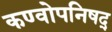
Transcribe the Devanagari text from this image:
कण्वोपनिषद्‌